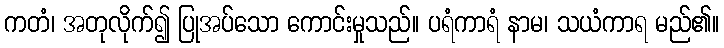
ကတံ၊ အတုလိုက်၍ ပြုအပ်သော ကောင်းမှုသည်။ ပရံကာရံ နာမ၊ သယံကာရ မည်၏။